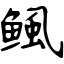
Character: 鲺